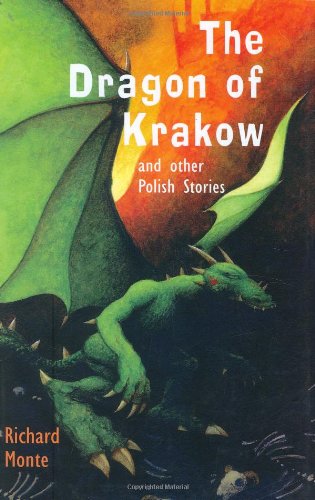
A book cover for The Dragon of Krakow and Other Polish Stories (Folktales from Around the World); Richard Monte; Children's Books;